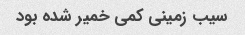
سیب زمینی کمی خمیر شده بود